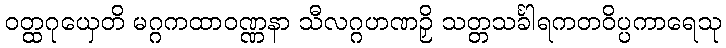
ဝတ္ထဂုယှေတိ မဂ္ဂကထာဝဏ္ဏနာ သီလဂ္ဂဟဏဉှိ သတ္တသင်္ခါရကတဝိပ္ပကာရေသု